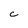
Character: C